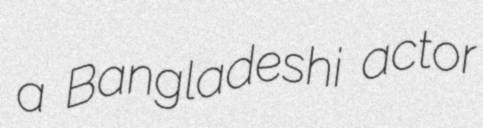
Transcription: a Bangladeshi actor